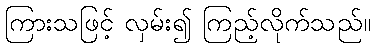
ကြားသဖြင့် လှမ်း၍ ကြည့်လိုက်သည်။